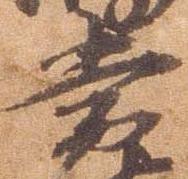
常